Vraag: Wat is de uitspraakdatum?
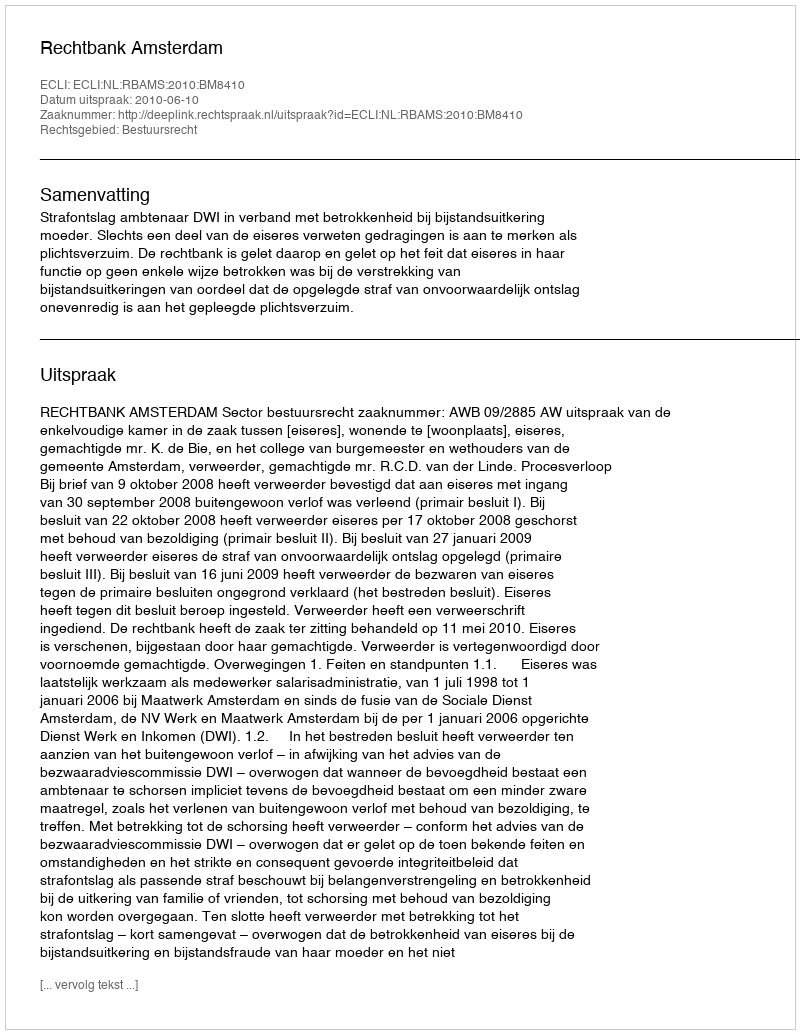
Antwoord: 2010-06-10